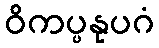
ဝိကပ္ပနုပဂံ